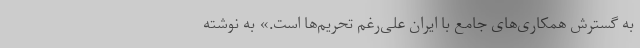
به گسترش همکاری‌های جامع با ایران علی‌رغم تحریم‌ها است.» به نوشته